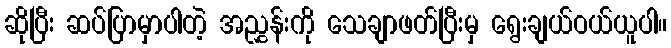
ဆိုပြီး ဆပ်ပြာမှာပါတဲ့ အညွှန်းကို သေချာဖတ်ပြီးမှ ရွေးချယ်ဝယ်ယူပါ။